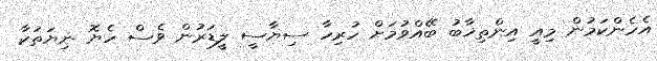
އެހެންކަމުން މިއީ އިންތިޚާބު ބޭއްވުމަށް ހުރިހާ ސިޔާސީ ލީޑަރުން ވެސް ހެޔޮ ނިޔަތަކާ